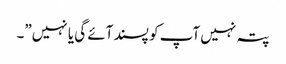
پتہ نہیں آپ کو پسند آئے گی یا نہیں”۔